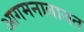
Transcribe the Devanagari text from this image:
आगमनाबाबत